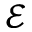
\mathcal { E }